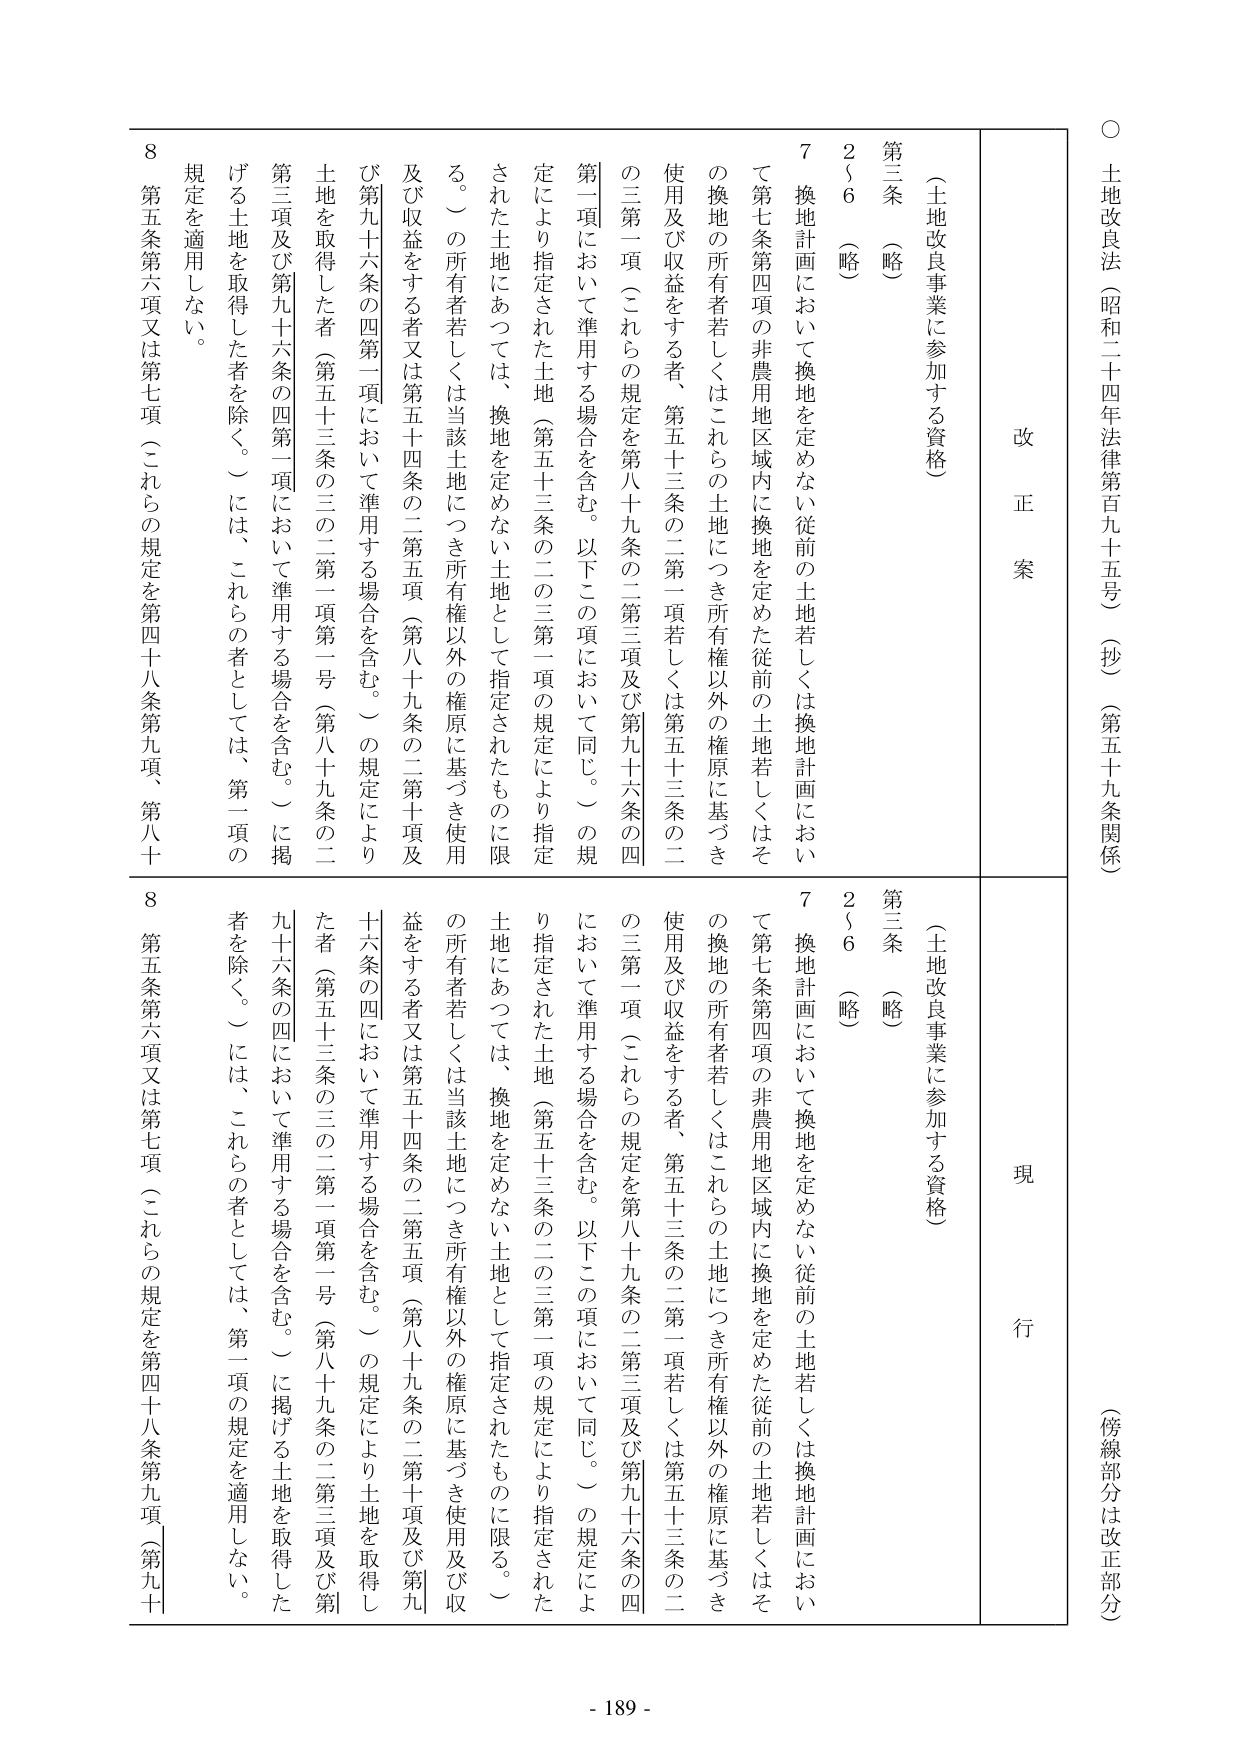
○ 土地改良法（昭和二十四年法律第百九十五号）（抄）（第五十九条関係）
（傍線部分は改正部分）

改正案
現行

第三条 （略）
2～6 （略）
7 換地計画において換地を定めない従前の土地若しくは換地計画において第七条第四項の非農用地域内に換地を定めた従前の土地若しくはその換地の所有者若しくはこれらの土地につき所有権以外の権原に基づき使用及び収益をする者、第五十三条の二第一項若しくは第五十三条の二の三第一項（これらの規定を第八十九条の二第三項及び第九十六条の四第一項において準用する場合を含む。以下この項において同じ。）の規定により指定された土地（第五十三条の二の三第一項の規定により指定された土地にあつては、換地を定めない土地として指定されたものに限る。）の所有者若しくは当該土地につき所有権以外の権原に基づき使用及び収益をする者又は第五十四条の二第五項（第八十九条の二第十項及び第九十六条の四第一項において準用する場合を含む。）の規定により土地を取得した者（第五十三条の三の二第一項第一号（第八十九条の二第三項及び第九十六条の四第一項において準用する場合を含む。）に掲げる土地を取得した者を除く。）には、これらの者としては、第一項の規定を適用しない。
8 第五条第六項又は第七項（これらの規定を第四十八条第九項、第八十

第三条 （略）
2～6 （略）
7 換地計画において換地を定めない従前の土地若しくは換地計画において第七条第四項の非農用地域内に換地を定めた従前の土地若しくはその換地の所有者若しくはこれらの土地につき所有権以外の権原に基づき使用及び収益をする者、第五十三条の二第一項若しくは第五十三条の二の三第一項（これらの規定を第八十九条の二第三項及び第九十六条の四第一項において準用する場合を含む。以下この項において同じ。）の規定により指定された土地（第五十三条の二の三第一項の規定により指定された土地にあつては、換地を定めない土地として指定されたものに限る。）の所有者若しくは当該土地につき所有権以外の権原に基づき使用及び収益をする者又は第五十四条の二第五項（第八十九条の二第十項及び第九十六条の四において準用する場合を含む。）の規定により土地を取得した者（第五十三条の三の二第一項第一号（第八十九条の二第三項及び第九十六条の四において準用する場合を含む。）に掲げる土地を取得した者を除く。）には、これらの者としては、第一項の規定を適用しない。
8 第五条第六項又は第七項（これらの規定を第四十八条第九項（第九十

- 189 -